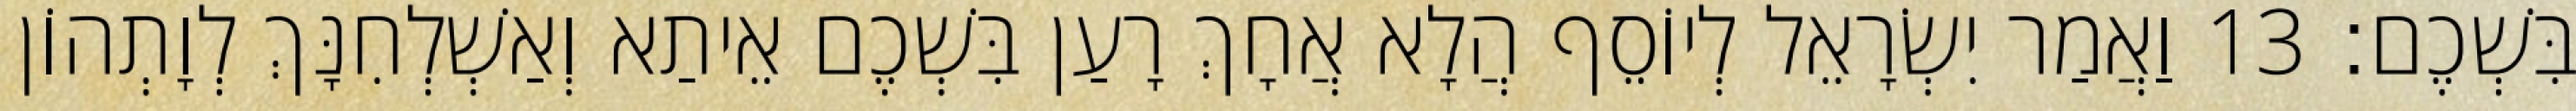
בִּשְׁכֶם׃ 13 וַאֲמַר יִשְׂרָאֵל לְיוֹסֵף הֲלָא אֲחָךְ רָעַן בִּשְׁכֶם אֵיתַא וְאַשְׁלְחִנָּךְ לְוָתְהוֹן